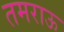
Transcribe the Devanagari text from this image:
तमराऊ